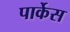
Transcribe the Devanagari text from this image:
पार्केस